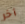
آخر